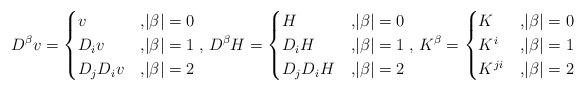
LaTeX: \begin{align*} D^{\beta}v = \begin{cases}v&{, }|\beta|=0\\ D_iv&{, }|\beta|=1\\ D_jD_iv&{, }|\beta|=2\end{cases},\, D^{\beta}H = \begin{cases}H&{, }|\beta|=0\\ D_iH&{, }|\beta|=1\\ D_jD_iH&{, }|\beta|=2\end{cases},\, K^{\beta} = \begin{cases}K&{, }|\beta|=0\\ K^i&{, }|\beta|=1\\ K^{ji}&{, }|\beta|=2\end{cases} \end{align*}